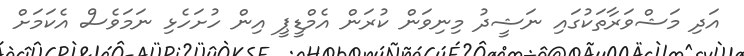
އަދި މަޝްވަރާތަކުގައި ނަޝީދު މިނިވަން ކުރަން އެމްޑީޕީ އިން ހުށަހެޅި ނަމަވެސް އެކަމަށް